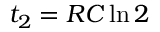
t _ { 2 } = R C \ln { 2 }